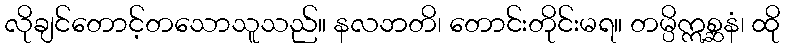
လိုချင်တောင့်တသောသူသည်။ နလဘတိ၊ တောင်းတိုင်းမရ။ တမ္ပိဣစ္ဆနံ၊ ထို